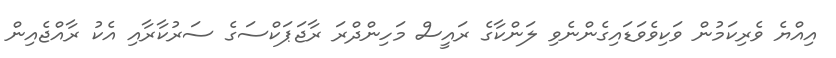
އިއްޔެ ވެރިކަމުން ވަކިވެވަޑައިގެންނެވި ލަންކާގެ ރައީސް މަހިންދްރަ ރާޖަޕަކްސަގެ ސަރުކާރާއި އެކު ރާއްޖެއިން